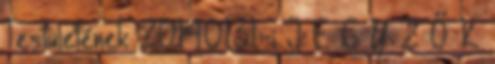
Testületének 2014.01.31.-i J E G Y Z Ő K